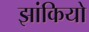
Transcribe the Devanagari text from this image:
झांकियो